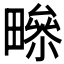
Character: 𤳑